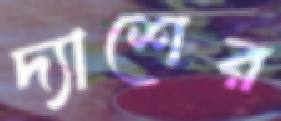
দ্যাশের